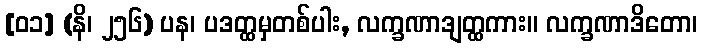
[၀၁] (နိ၊ ၂၅၆) ပန၊ ပဒတ္ထမှတစ်ပါး, လက္ခဏာဒျတ္ထကား။ လက္ခဏာဒိတော၊